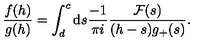
\frac { f ( h ) } { g ( h ) } = \int _ { d } ^ { c } \mathrm { d } s \frac { - 1 } { \pi i } \frac { { \cal F } ( s ) } { ( h - s ) g _ { + } ( s ) } .